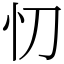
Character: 忉